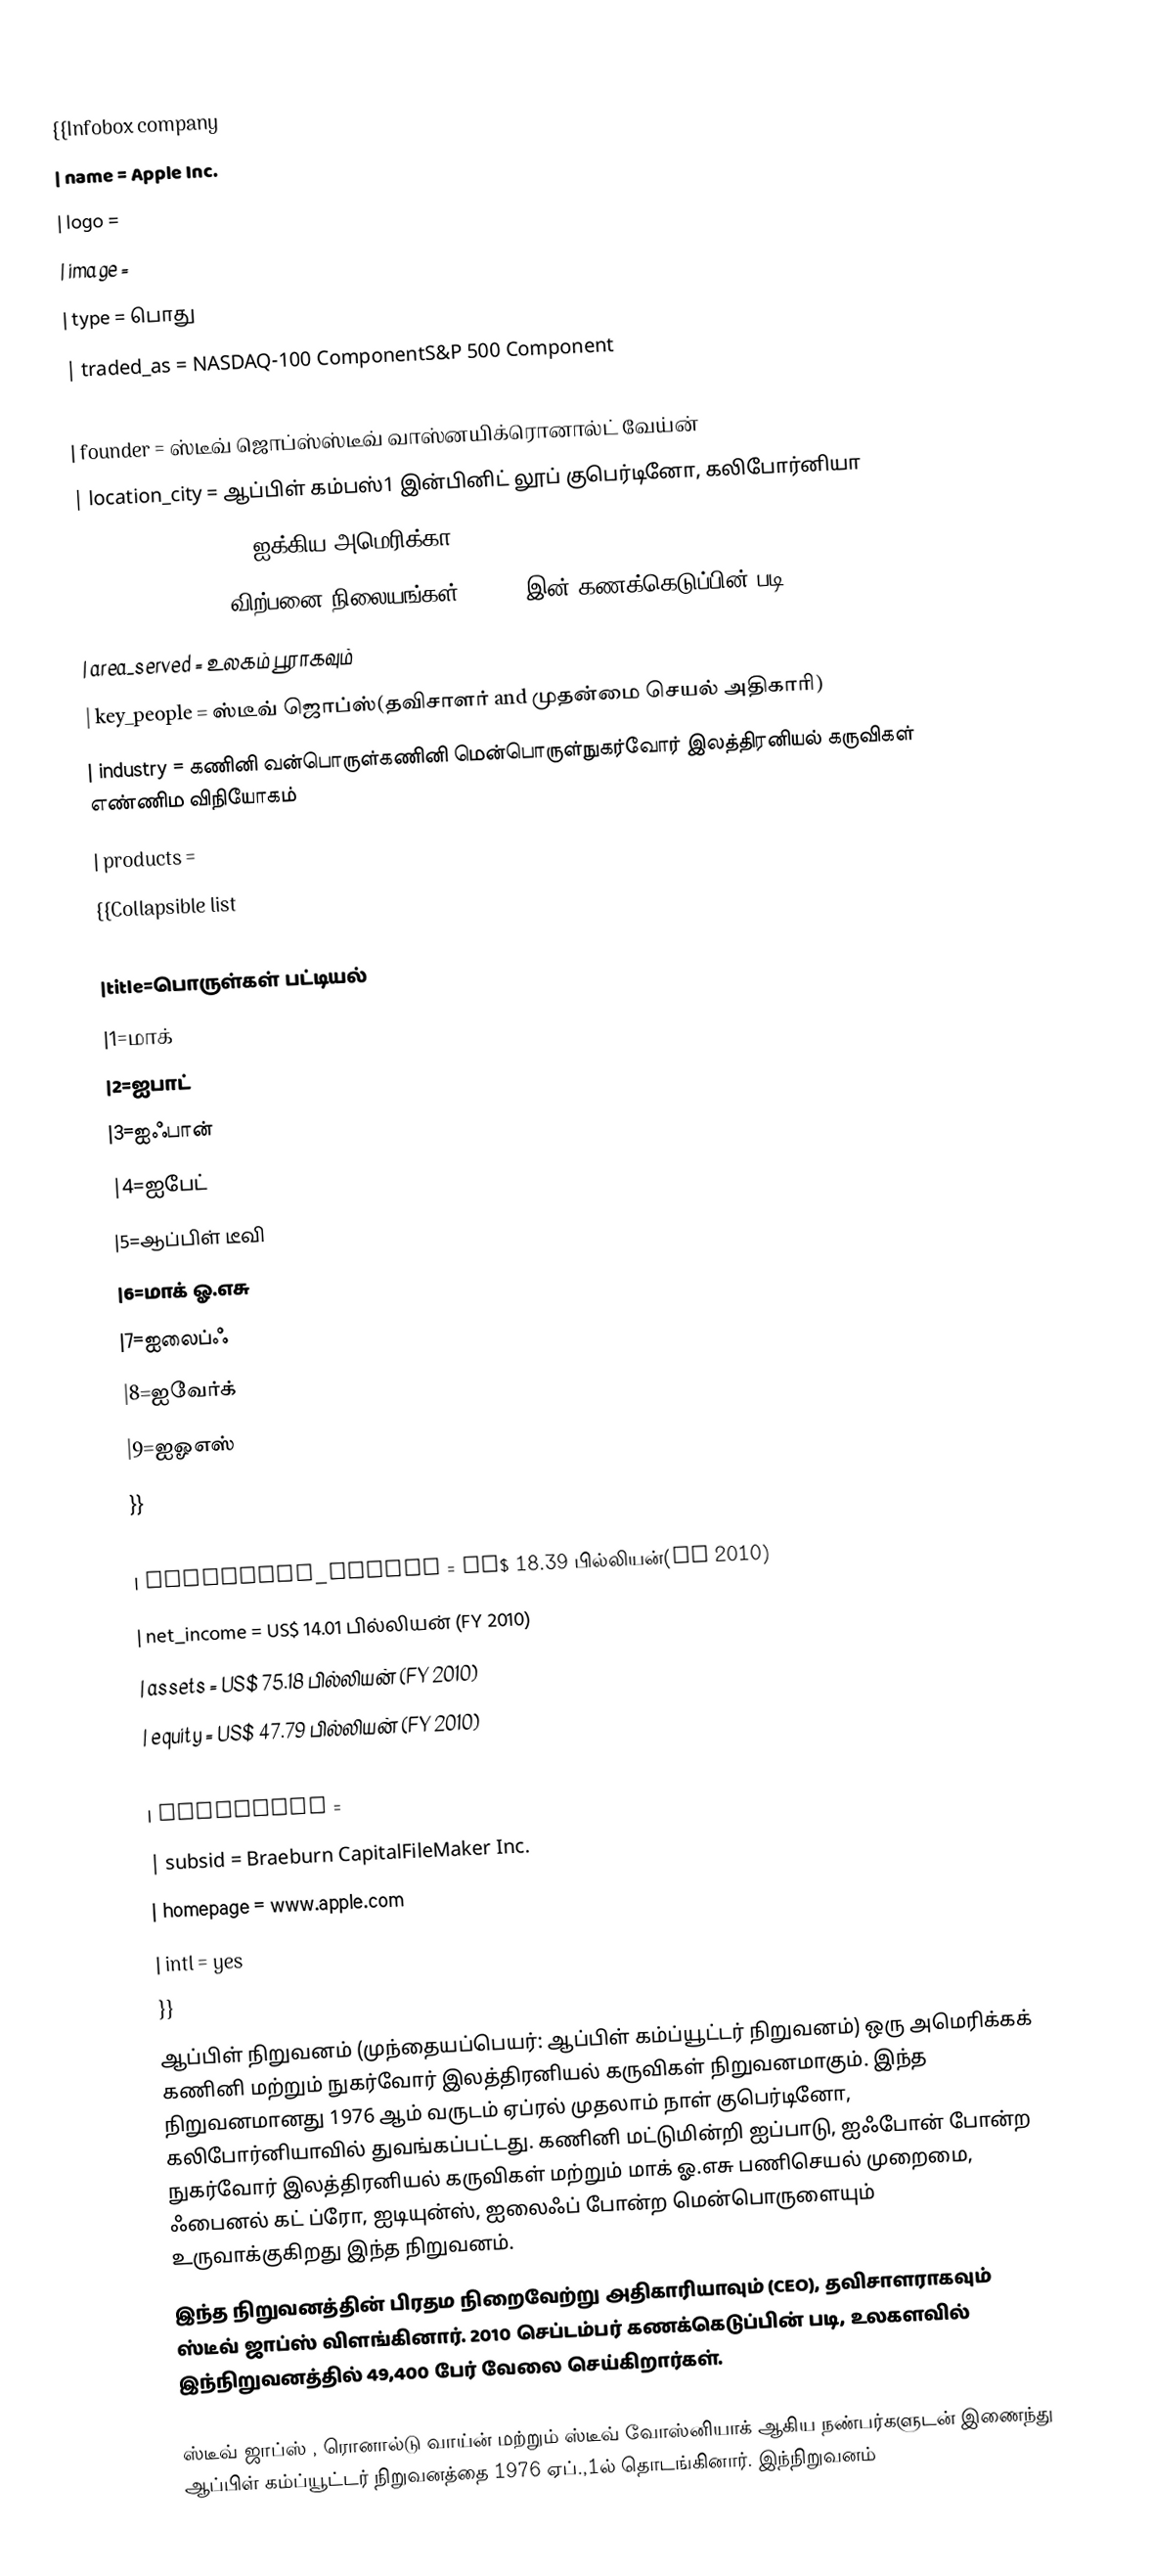
{{Infobox company
| name             = Apple Inc.
| logo             =
| image              =
| type             = பொது
| traded_as        = NASDAQ-100 ComponentS&P 500 Component
| foundation       =
| founder          = ஸ்டீவ் ஜொப்ஸ்ஸ்டீவ் வாஸ்னயிக்ரொனால்ட் வேய்ன்
| location_city    = ஆப்பிள் கம்பஸ்1 இன்பினிட் லூப் குபெர்டினோ, கலிபோர்னியா
| location_country = ஐக்கிய அமெரிக்கா
| locations        = 511 விற்பனை நிலையங்கள். (2021 இன் கணக்கெடுப்பின் படி)
| area_served      = உலகம் பூராகவும்
| key_people       = ஸ்டீவ் ஜொப்ஸ்(தவிசாளர் and முதன்மை செயல் அதிகாரி)
| industry         = கணினி வன்பொருள்கணினி மென்பொருள்நுகர்வோர் இலத்திரனியல் கருவிகள் எண்ணிம விநியோகம்
| products         =
{{Collapsible list
  |framestyle=border:none; padding:0;
  |title=பொருள்கள் பட்டியல்
  |1=மாக்
  |2=ஐபாட்
  |3=ஐஃபான்
  |4=ஐபேட்
  |5=ஆப்பிள் டீவி
  |6=மாக் ஓ.எசு
  |7=ஐலைப்ஃ
  |8=ஐவேர்க்
  |9=ஐஓஎஸ்
}}
| revenue          =
| operating_income =  US$ 18.39 பில்லியன்(FY 2010)
| net_income =  US$ 14.01 பில்லியன் (FY 2010)
| assets =  US$ 75.18 பில்லியன் (FY 2010)
| equity =  US$ 47.79 பில்லியன் (FY 2010)
| num_employees = 49,400 (2010)
| divisions =
| subsid = Braeburn CapitalFileMaker Inc.
| homepage = www.apple.com
| intl = yes
}}
ஆப்பிள் நிறுவனம் (முந்தையப்பெயர்: ஆப்பிள் கம்ப்யூட்டர் நிறுவனம்) ஒரு அமெரிக்கக் கணினி மற்றும் நுகர்வோர் இலத்திரனியல் கருவிகள் நிறுவனமாகும். இந்த நிறுவனமானது 1976 ஆம் வருடம் ஏப்ரல் முதலாம் நாள் குபெர்டினோ, கலிபோர்னியாவில் துவங்கப்பட்டது. கணினி மட்டுமின்றி ஐப்பாடு, ஐஃபோன் போன்ற நுகர்வோர் இலத்திரனியல் கருவிகள் மற்றும் மாக் ஓ.எசு பணிசெயல் முறைமை, ஃபைனல் கட் ப்ரோ, ஐடியுன்ஸ், ஐலைஃப் போன்ற மென்பொருளையும் உருவாக்குகிறது இந்த நிறுவனம்.
இந்த நிறுவனத்தின் பிரதம நிறைவேற்று அதிகாரியாவும் (CEO), தவிசாளராகவும் ஸ்டீவ் ஜாப்ஸ் விளங்கினார். 2010 செப்டம்பர் கணக்கெடுப்பின் படி, உலகளவில் இந்நிறுவனத்தில் 49,400 பேர் வேலை செய்கிறார்கள்.

ஸ்டீவ் ஜாப்ஸ் , ரொனால்டு வாய்ன் மற்றும் ஸ்டீவ் வோஸ்னியாக் ஆகிய நண்பர்களுடன் இணைந்து ஆப்பிள் கம்ப்யூட்டர் நிறுவனத்தை 1976 ஏப்.,1ல் தொடங்கினார். இந்நிறுவனம்